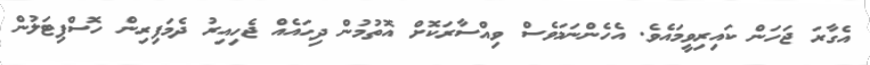
އެގާރަ ޖަހަން ކައިރިވީމައެވެ. އެހެންނަމަވެސް ވިއްސާރަކޮށް އޮތުމުން ދިހައެއް ޖެހިއިރު ދެމަފިރިން ހޮސްޕިޓަލުން